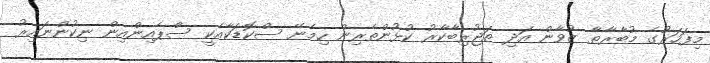
މިފަހަރުގެ މުބާރާތާ ޒުވާން އަދި ތަޖުރިބާކާރު ކުޅުންތެރިން ހިމެނޭ ސްކޮޑަކާއެކީ ސްޕެއިންއިން ނިކުންނައިރު